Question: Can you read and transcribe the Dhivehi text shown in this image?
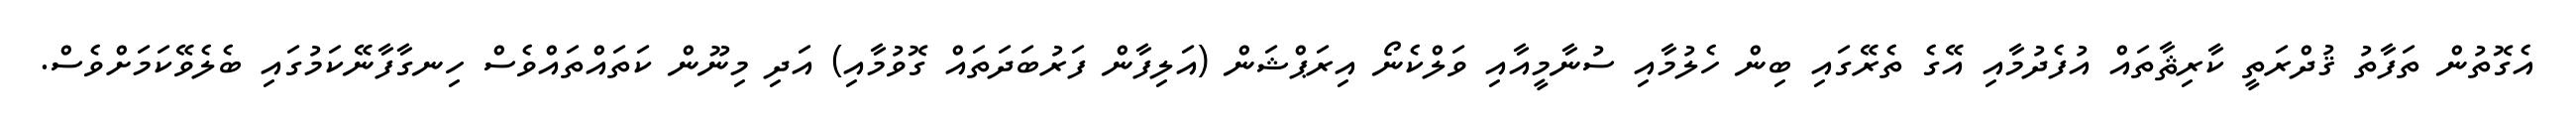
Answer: އެގޮތުން ތަފާތު ޤުދްރަތީ ކާރިޘާތައް އުފެދުމާއި އޭގެ ތެރޭގައި ބިން ހެލުމާއި ސުނާމީއާއި ވަލްކެނޯ އިރަޕްޝަން (އަލިފާން ފަރުބަދަތައް ގޮވުމާއި) އަދި މިނޫން ކަތައްތައްވެސް ހިނގާފާނޭކަމުގައި ބެލެވޭކަމަށްވެސް.